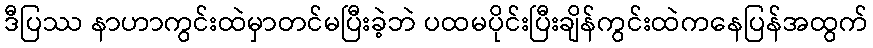
ဒီပြဿ နာဟာကွင်းထဲမှာတင်မပြီးခဲ့ဘဲ ပထမပိုင်းပြီးချိန်ကွင်းထဲကနေပြန်အထွက်